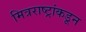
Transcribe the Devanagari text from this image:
मित्रराष्ट्रांकडून